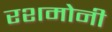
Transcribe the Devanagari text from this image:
रशमोनी